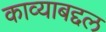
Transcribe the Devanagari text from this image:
काव्याबद्दल